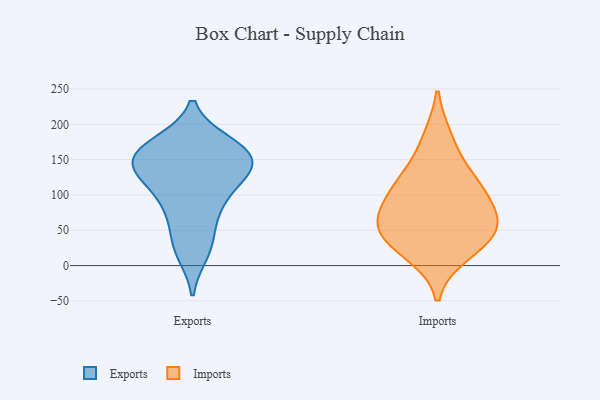
{"axis": {"x": "Temperature (°C)", "y": "Value"}, "legend": ["Exports", "Imports"], "data": [{"x": "", "y": 88, "type": "Exports"}, {"x": "", "y": 18, "type": "Exports"}, {"x": "", "y": 136, "type": "Exports"}, {"x": "", "y": 124, "type": "Exports"}, {"x": "", "y": 140, "type": "Exports"}, {"x": "", "y": 162, "type": "Exports"}, {"x": "", "y": 143, "type": "Exports"}, {"x": "", "y": 89, "type": "Exports"}, {"x": "", "y": 173, "type": "Exports"}, {"x": "", "y": 134, "type": "Exports"}, {"x": "", "y": 74, "type": "Exports"}, {"x": "", "y": 151, "type": "Exports"}, {"x": "", "y": 119, "type": "Exports"}, {"x": "", "y": 44, "type": "Exports"}, {"x": "", "y": 159, "type": "Exports"}, {"x": "", "y": 171, "type": "Exports"}, {"x": "", "y": 23, "type": "Exports"}, {"x": "", "y": 170, "type": "Exports"}, {"x": "", "y": 99, "type": "Imports"}, {"x": "", "y": 116, "type": "Imports"}, {"x": "", "y": 129, "type": "Imports"}, {"x": "", "y": 17, "type": "Imports"}, {"x": "", "y": 79, "type": "Imports"}, {"x": "", "y": 59, "type": "Imports"}, {"x": "", "y": 41, "type": "Imports"}, {"x": "", "y": 37, "type": "Imports"}, {"x": "", "y": 180, "type": "Imports"}, {"x": "", "y": 61, "type": "Imports"}]}